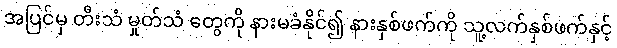
အပြင်မှ တီးသံ မှုတ်သံ တွေကို နားမခံနိုင်၍ နားနှစ်ဖက်ကို သူ့လက်နှစ်ဖက်နှင့်